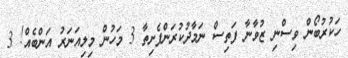
ހަކުރުުބޯން ވިސްނި ޒުވާނާ ފަތިސް ނަމާދުކުރަންފެށިތާ 3 މަހުން މިލިއަނަރު އަންބެއް! 3